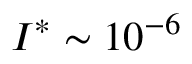
I ^ { * } \sim 1 0 ^ { - 6 }